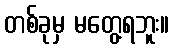
တစ်ခုမှ မတွေ့ရဘူး။